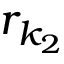
r _ { k _ { 2 } }